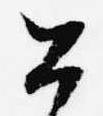
公